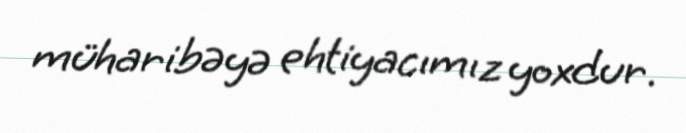
müharibəyə ehtiyacımız yoxdur.